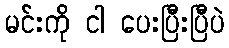
မင်းကို ငါ ပေးပြီးပြီပဲ